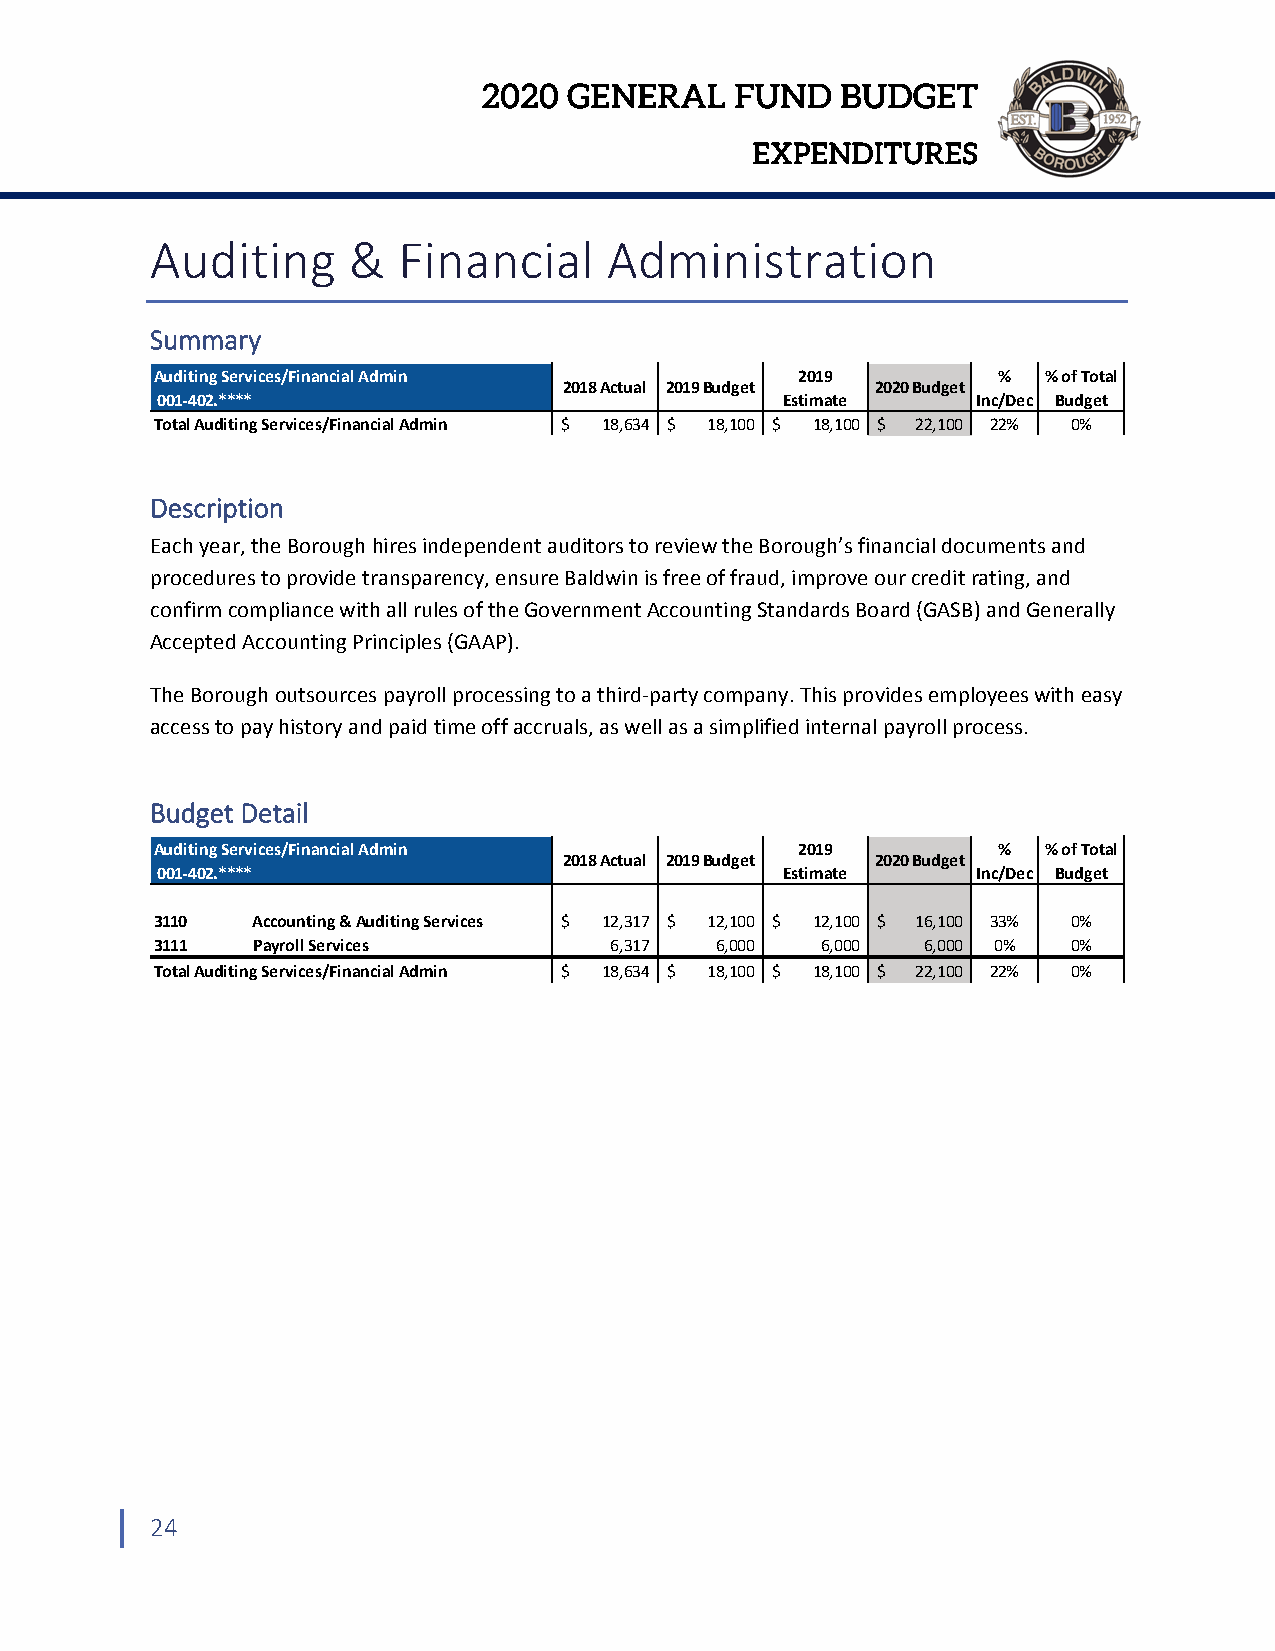
2020  GENERAL    FUND   BUDGET
 EXPENDITURES
 Auditing     &  Financial     Administration
 Summary
 Auditing Services/Financial Admin          2019         %  % of Total
 2018 Actual 2019 Budget 2020 Budget
 001‐402.****                              Estimate     Inc/Dec Budget
 Total Auditing Services/Financial Admin $ 18,634 $ 18,100 $ 18,100 $ 22,100 22% 0%
 Description
 Each year, the Borough hires independent auditors to review the Borough’s financial documents and
 procedures to provide transparency, ensure Baldwin is free of fraud, improve our credit rating, and
 confirm compliance with all rules of the Government Accounting Standards Board (GASB) and Generally
 Accepted Accounting Principles (GAAP).
 The Borough outsources payroll processing to a third‐party company. This provides employees with easy
 access to pay history and paid time off accruals, as well as a simplified internal payroll process.
 Budget Detail
 Auditing Services/Financial Admin          2019         %  % of Total
 2018 Actual 2019 Budget 2020 Budget
 001‐402.****                              Estimate     Inc/Dec Budget
 3110   Accounting & Auditing Services $ 12,317 $ 12,100 $ 12,100 $ 16,100 33% 0%
 3111   Payroll Services       6,317  6,000  6,000  6,000 0%  0%
 Total Auditing Services/Financial Admin $ 18,634 $ 18,100 $ 18,100 $ 22,100 22% 0%
 24